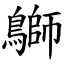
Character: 鶳